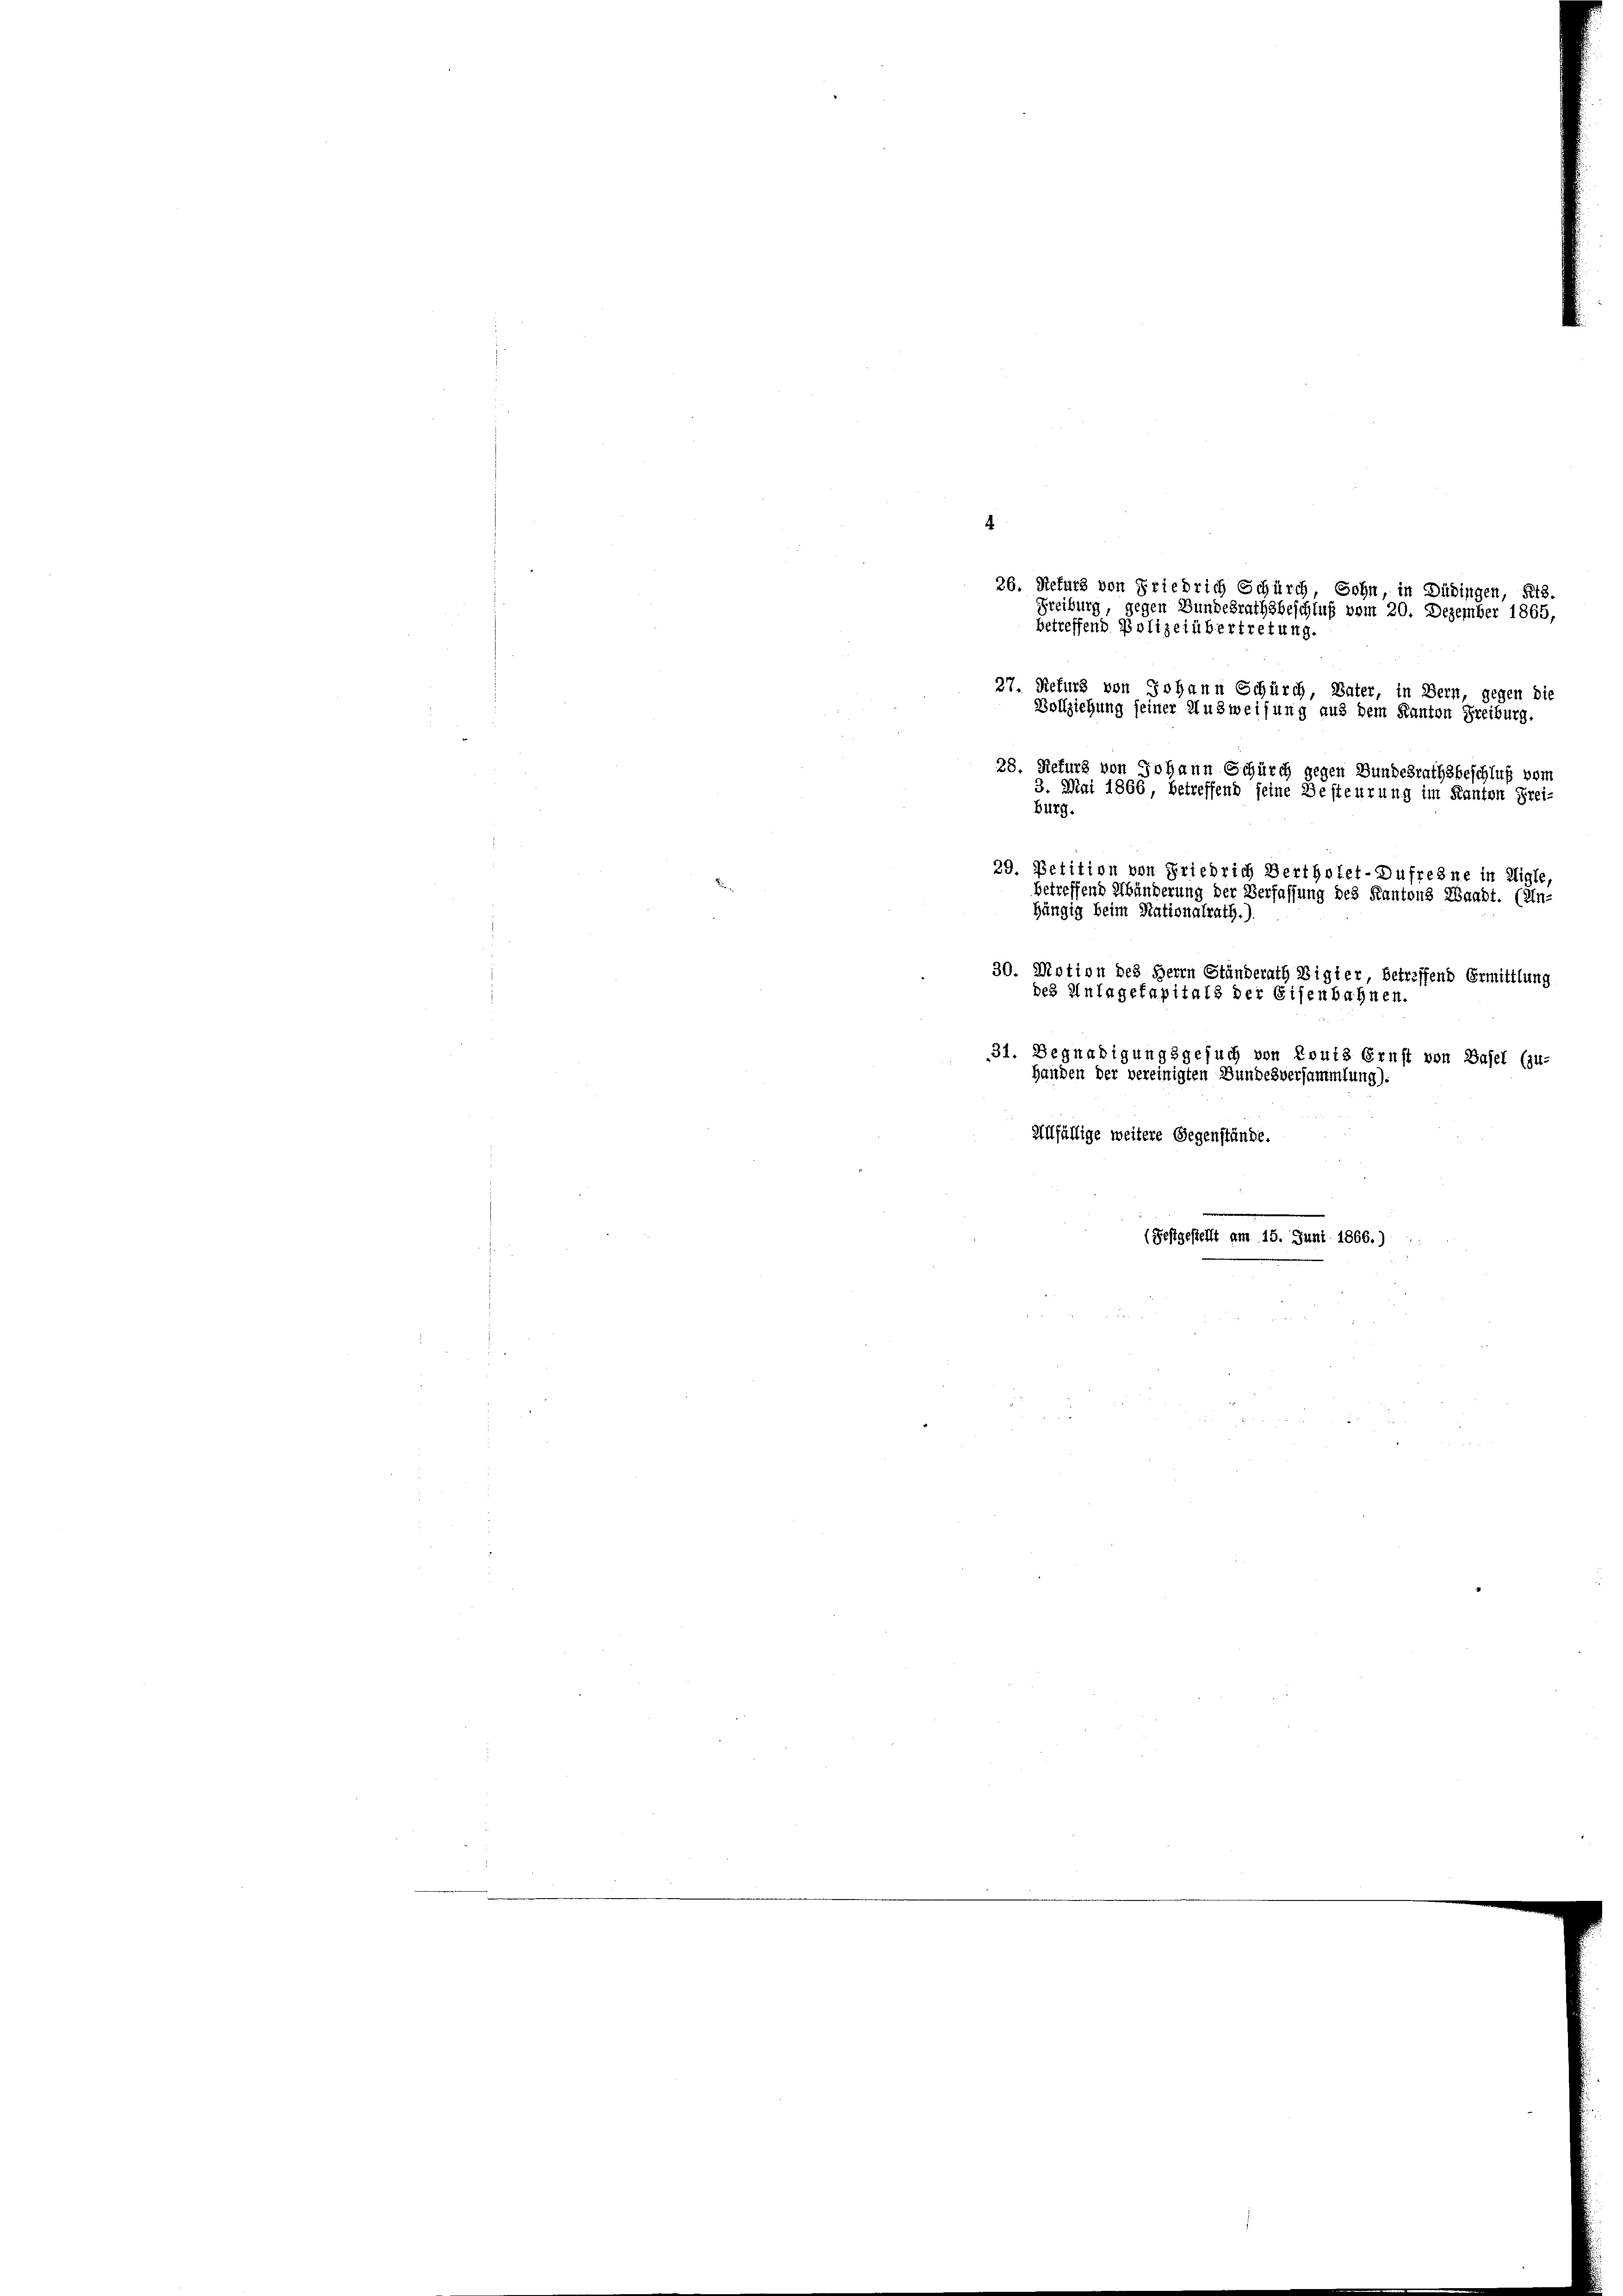
.
27. Sieturs von Johann Schürch, Vater, in Bern, gegen die
Vollziehung seiner Ausweisung aus dem Kanton Freiburg.
28. Returz von Johann Schurch gegen Bundesrathsbeschluß vom
3. Mai 1866, betreffend feine Besteurung im Kanton Frei-
Burg.
29. Petition von Friedrich Bertholet-Dufregne in Aigle,
betreffend Abänderung der Verfassung des Kantons Waadt. (Ein-
hängig beim Nationalrath.).
30. Motion des Herrn Ständerath Bigier betreffend Ermittlung
des Anlagekapitals der Eisenbahnen.
31. Begnadigungsgesuch von Routs Ernst von Basel (zu-
Handen der vereinigten Bundesversammlung).
Allfällige weitere Gegenstände.

26. Refurs von Friedrich Schürch, Sohn, in Dübingen, Kts.
Freiburg, gegen Bundesrathsbeschluß vom 20. Dezember 1865,
betreffend Polizeiübertretung.

e
(Festgestellt am 15. Juni 1866.)